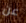
عن